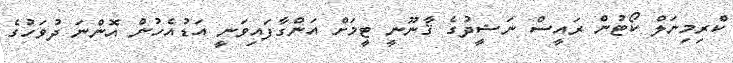
ކްރިމިނަލް ކޯޓުން ރައީސް ނަޝީދުގެ ޤާނޫނީ ޓީމަށް އަންގާފައިވަނީ އަޑުއެހުން އޮންނަ ދުވަހުގެ